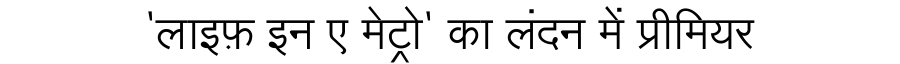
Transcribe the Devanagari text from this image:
'लाइफ़ इन ए मेट्रो' का लंदन में प्रीमियर